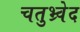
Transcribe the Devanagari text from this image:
चतुभ्र्वेद